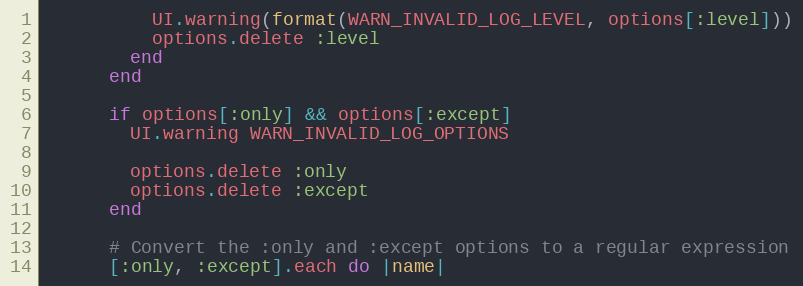
Language: Ruby
          UI.warning(format(WARN_INVALID_LOG_LEVEL, options[:level]))
          options.delete :level
        end
      end

      if options[:only] && options[:except]
        UI.warning WARN_INVALID_LOG_OPTIONS

        options.delete :only
        options.delete :except
      end

      # Convert the :only and :except options to a regular expression
      [:only, :except].each do |name|